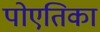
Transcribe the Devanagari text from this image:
पोएतिका